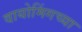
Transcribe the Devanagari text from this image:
वायोमिंगच्या